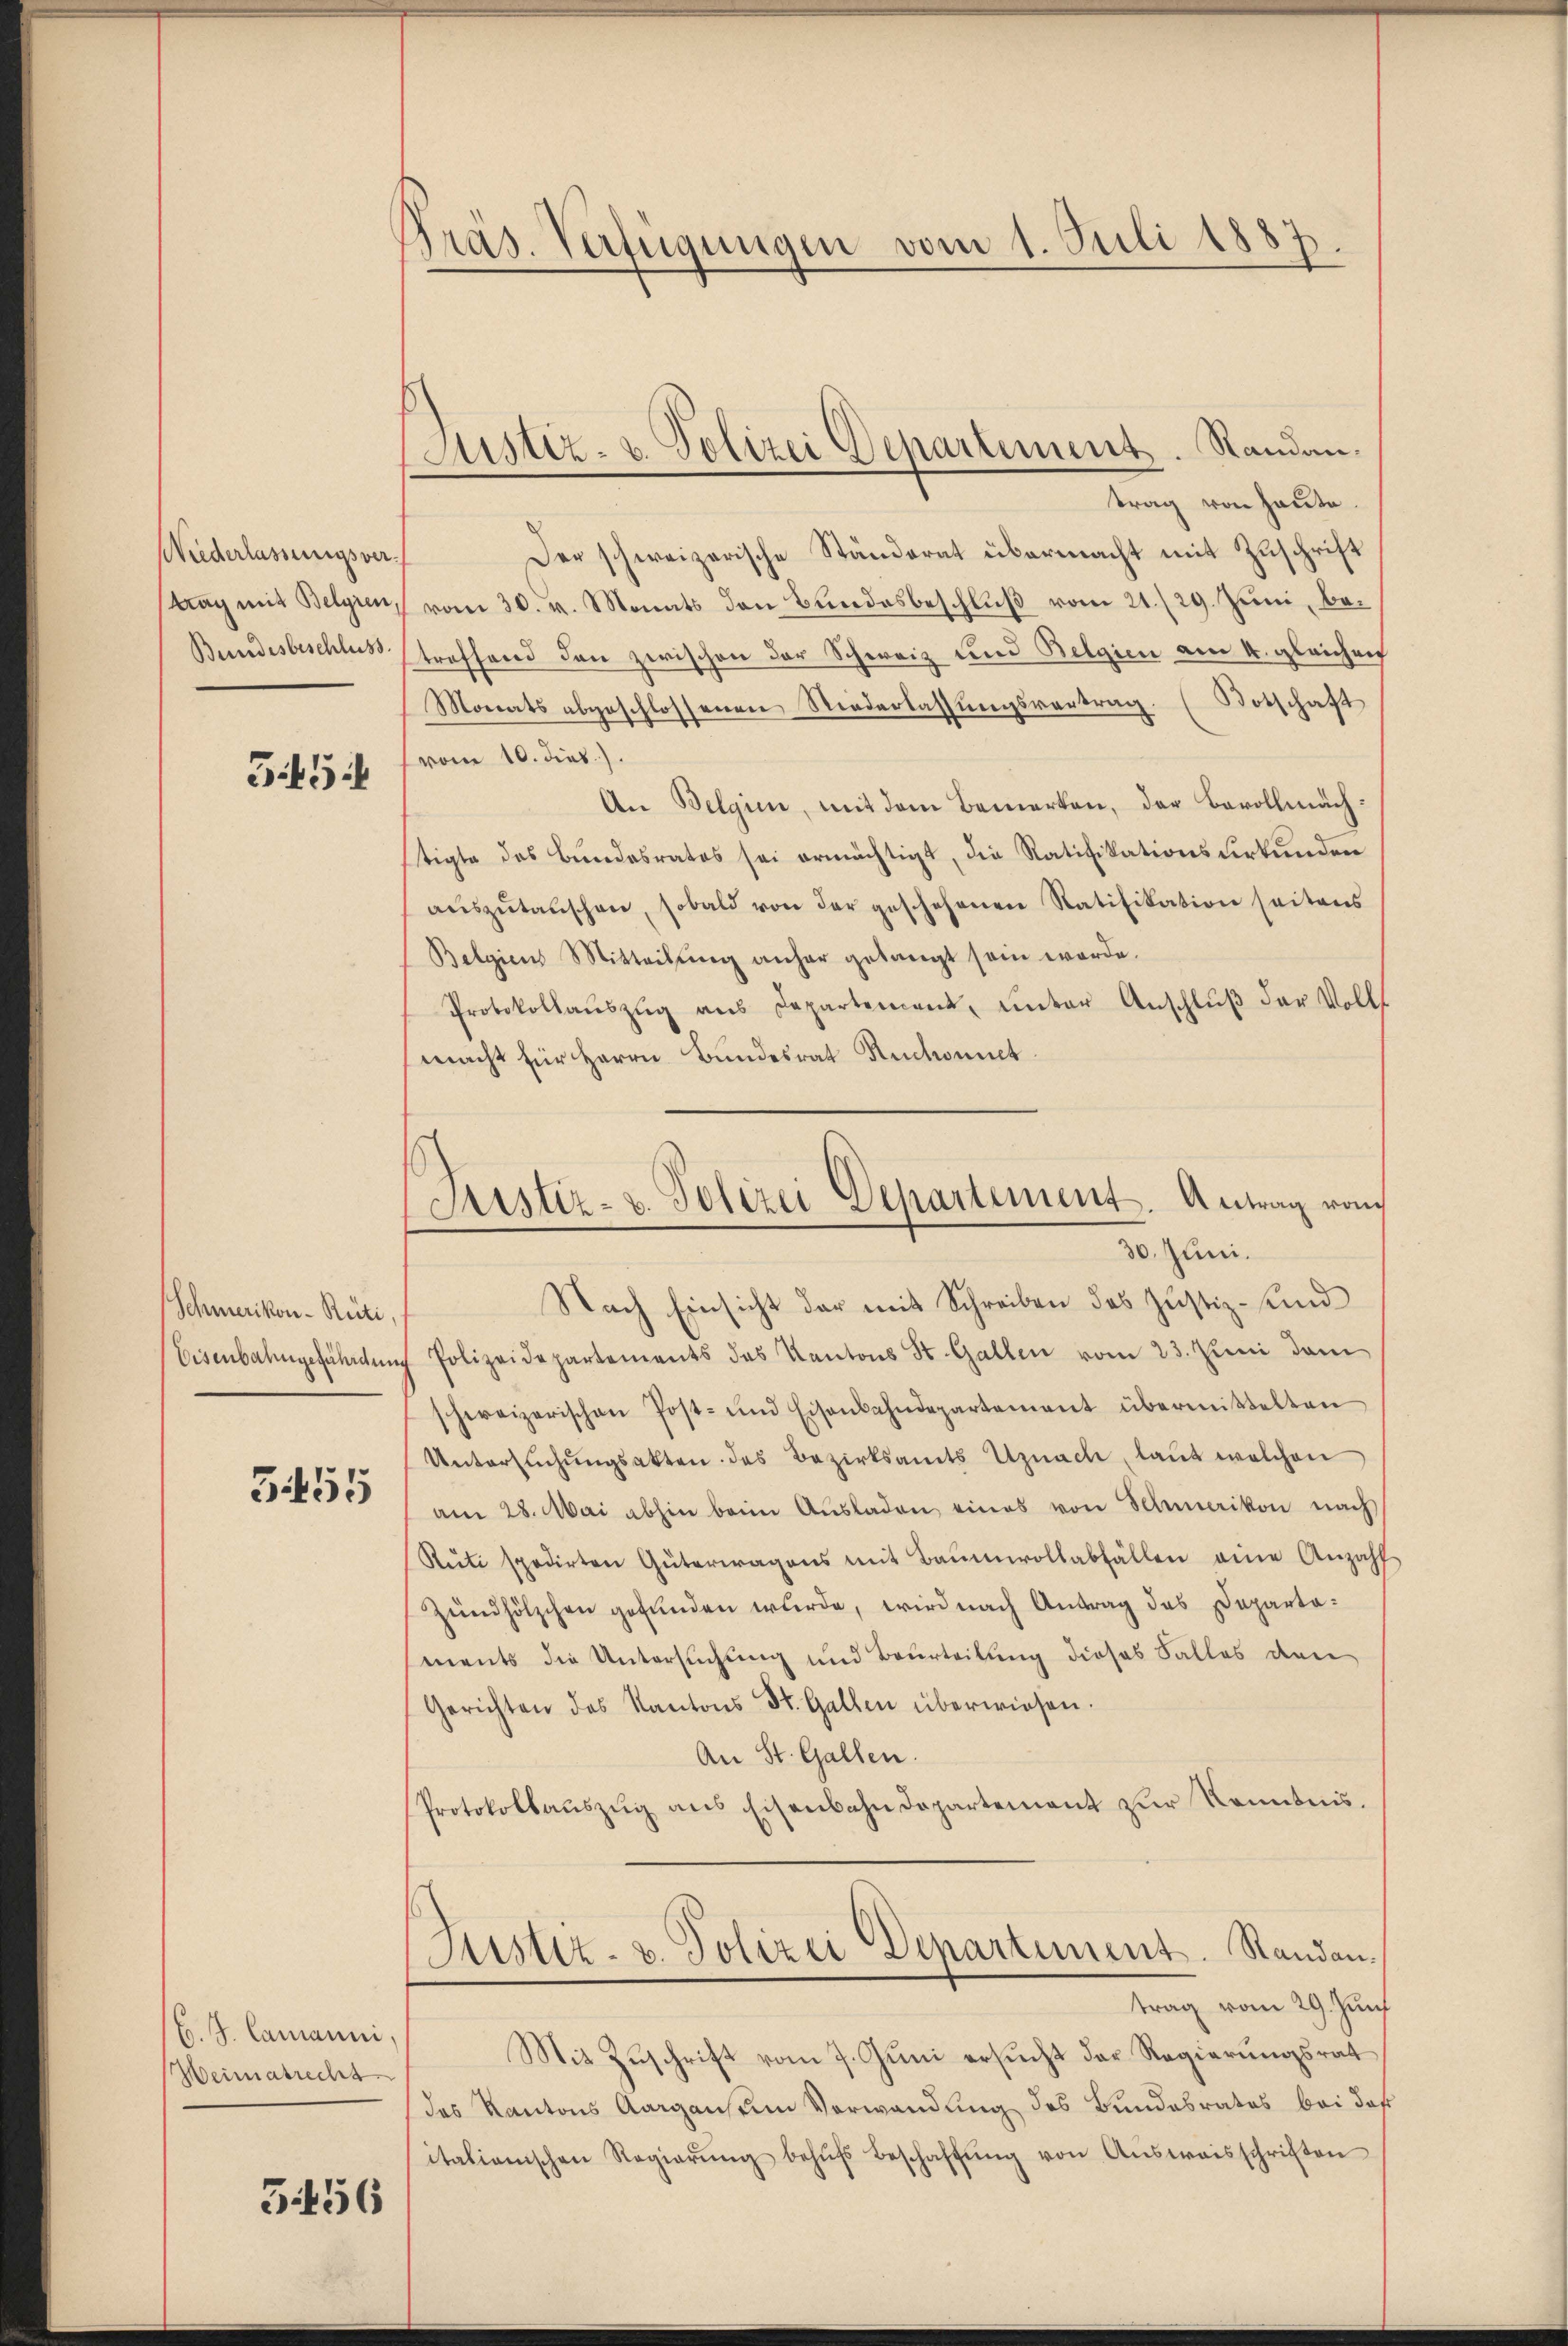
Wiederlassungsver
trag mit Belgien,
Bundesbeschluss.

545

Schmerikon-Rüti,
Eisenbahngefährden

3455

E. J. Camanni,
Weimatrecht

3456

Präs. Verfügungen vom 1. Juli 1887.

Justiz- u. Polizei Departement. Standan¬

Justiz- u. Polizei Departement. Antrag vom
30. Juni.

trag von heute
Der schweizerische Ständerat übermacht mit Zuschrift
vom 30. v. Monats den Bundesbeschluß vom 21./29. Juni, betreffend den zwischen der Schweiz und Belgien am 4. gleichrif
Monats abgeschlossenen Niederlassŭngsvertrag. Botschaft
vom 10. dies.).
An Belgien, mit dem Bemerken, der Bevollmächtigte des Bundesrates sei ermächtigt, die Ratifikationsurkunden
aŭszŭtaŭschen, sobald von der geschehenen Ratifikation seitens
Belgien Mitteilŭng anher gelangt sein werde.
Protokollaŭszŭg ans Departement, ŭnter Anschlŭβ der Volls
macht für Herrn Bundesrat Rückant.
Nach Einsicht der mit Schreiben des Justiz- und
Polizeidepartements des Kantons St. Gallen vom 23. Juni dem
schweizerischen Post- und Eisenbahndepartement übermittelten
Untersŭchŭngsakten des Bezirksamts Uznach, laut welchen
am 28. Mai abhin beim Aŭsladen eines von Schmerikon nach
Rŭti spedirten Güterwagens mit Baumwollabfällen eine Anzahl
Zündhölzchen gefunden wurde, wird nach Antrag des Departaments die Untersuchung und Beurteilung dieses Falles den
Gerichten des Kantons St. Gallen überwiesen.
An St. Gallen.
Protokollauszug aus Eisenbahndepartement zur Kenntnis.
Justiz- u. Polizei Departiment. Standantrag vom 29. Jun
Mit Zuschrift vom 7. Juni ersucht der Regierungsrat
das Kantons Aargansten Vorwandung des Bundesrates bei daß
italienischen Regierŭng behŭfs Beschaffŭng von Aŭsweisschriften